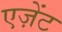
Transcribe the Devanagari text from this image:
एज़ेंट